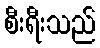
စီးရီးသည်